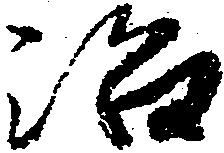
治